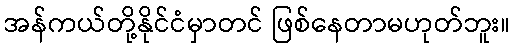
အန်ကယ်တို့နိုင်ငံမှာတင် ဖြစ်နေတာမဟုတ်ဘူး။